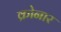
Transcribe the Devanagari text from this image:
क्रोनार